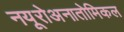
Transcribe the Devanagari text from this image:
नयूरोअनातोमिकल